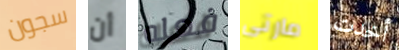
سجون أن فعله مارتى أخدت